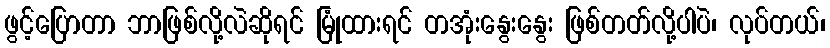
ဖွင့်ပြောတာ ဘာဖြစ်လို့လဲဆိုရင် မြုံထားရင် တအုံးနွေးနွေး ဖြစ်တတ်လို့ပါပဲ၊ လုပ်တယ်၊